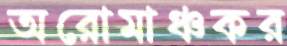
অরোমাঞ্চকর